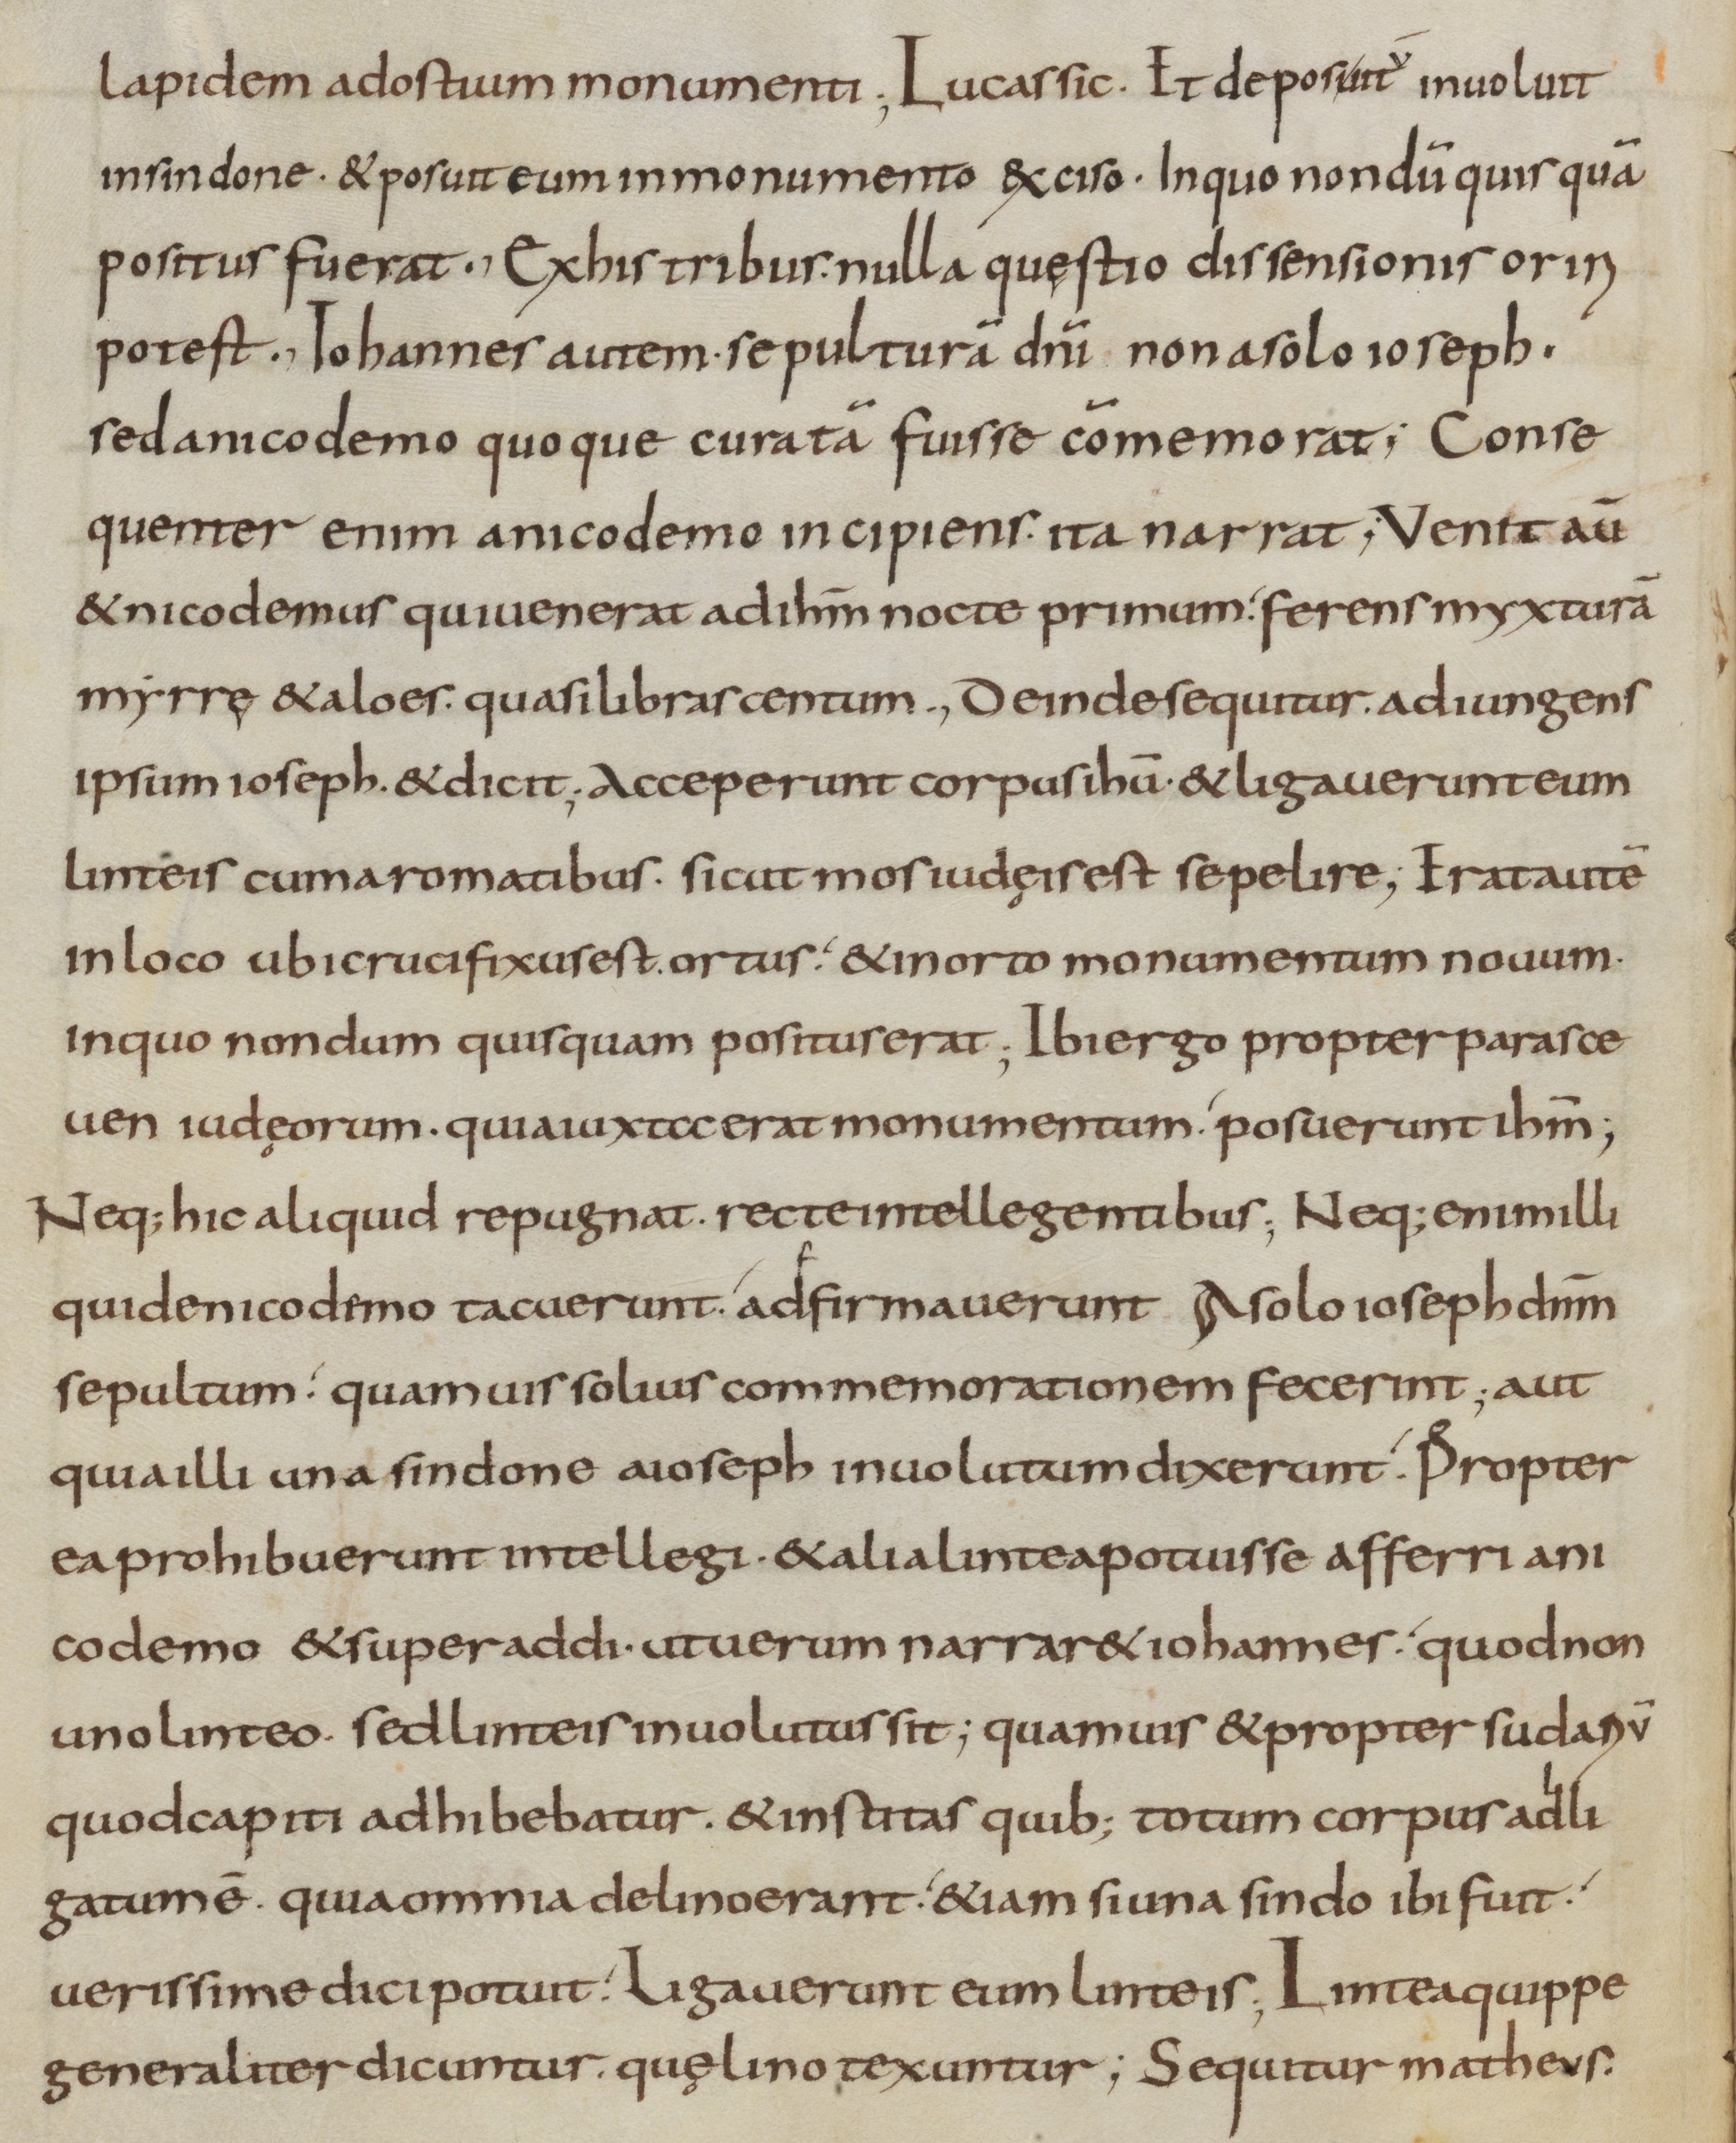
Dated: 800–899